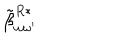
\: \tilde { \beta } _ { \omega \omega ^ { \prime } } ^ { R * } \: